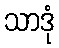
သာဒုံ